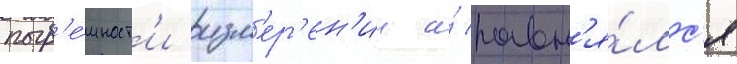
погр'е́шност'и изм'ер'ен'ии и́ равн'я́лс'я